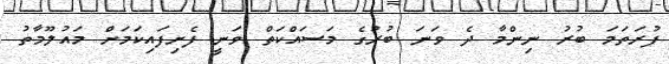
ފުރަތަމަ ބުރު ނިންމާ ދެ ވަނަ ބުރުގެ މަސައްކަތް ވަނީ ފެށިފައިކަމަށް މައުލޫމާތު